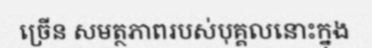
ច្រើន សមត្ថភាពរបស់បុគ្គលនោះក្នុង